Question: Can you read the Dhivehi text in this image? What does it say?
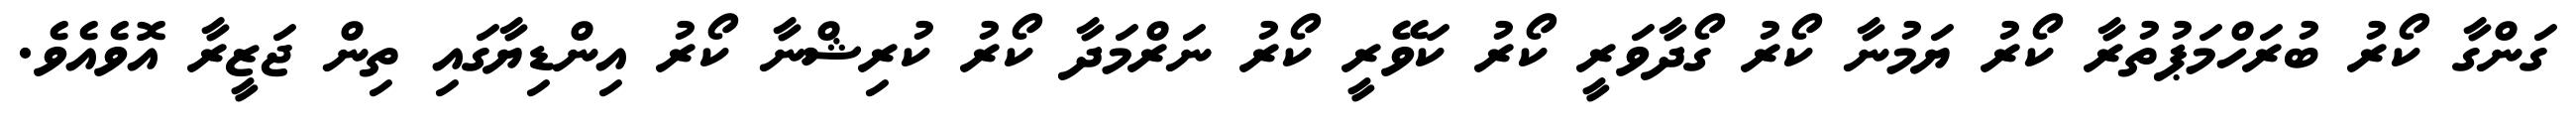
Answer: ގަންގާ ކޯރު ބުރަހްމަޕުތުރާ ކޯރު ޔަމުނާ ކޯރު ގޯދާވަރީ ކޯރު ކަވޭރީ ކޯރު ނަރްމަދާ ކޯރު ކުރިޝްނާ ކޯރު އިންޑިޔާގައި ތިން ޖަޒީރާ އޮވެއެވެ.